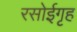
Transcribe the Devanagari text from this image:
रसोईगृह